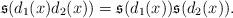
LaTeX: \begin{align*}\mathfrak{s}(d_1(x)d_2(x))=\mathfrak{s}(d_1(x))\mathfrak{s}(d_2(x)).\end{align*}